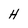
Character: H